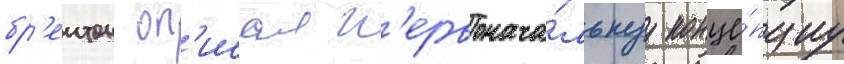
бр'еитон оп'исал п'ервонача́льнуу конце́пциу